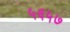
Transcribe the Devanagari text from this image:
५६५७